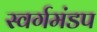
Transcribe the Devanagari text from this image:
स्वर्गमंडप